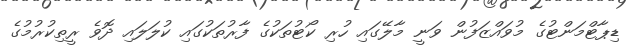
ޑިޕާޓްމަންޓުގެ މުވައްޒަފުން ވަނީ މާލޭގައި ހުރި ކޯޓުތަކުގެ ފާރުތަކުގައި ކުލަލައި ދޮވެ ރީތިކުރުމުގެ